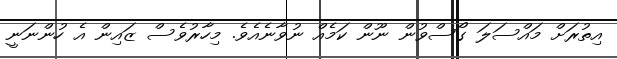
އިތުރަށް މައްސަލަ ގޯސްވުން ނޫން ކަމެއް ނުވާނެއެވެ. މިހާރުވެސް ޒައިން އެ ހުންނަނީ